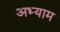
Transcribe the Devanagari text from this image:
अभ्याम